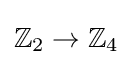
\mathbb {Z} _{2}\to \mathbb {Z} _{4}